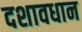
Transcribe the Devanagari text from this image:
दशावधान